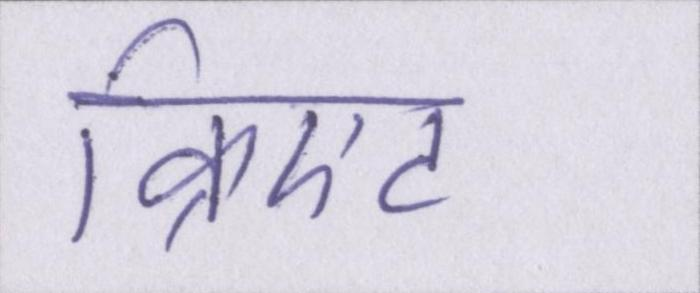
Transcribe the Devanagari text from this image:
क्रिएट